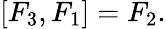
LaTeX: [F_{3},F_{1}]=F_{2}.